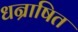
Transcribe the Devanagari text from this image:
धन्राषित